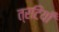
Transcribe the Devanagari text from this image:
त्रटियाँ